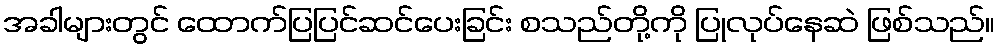
အခါများတွင် ထောက်ပြပြင်ဆင်ပေးခြင်း စသည်တို့ကို ပြုလုပ်နေဆဲ ဖြစ်သည်။